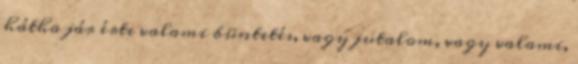
hátha jár érte valami büntetés, vagy jutalom, vagy valami,